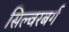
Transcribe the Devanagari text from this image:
सिल्वरबर्ग